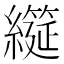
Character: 𮉌